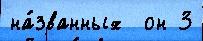
на́званных  он 3